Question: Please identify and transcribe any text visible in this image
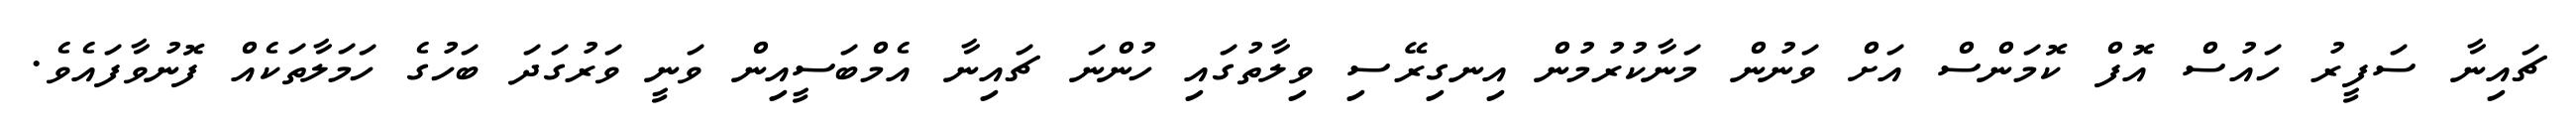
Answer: ޗައިނާ ސަފީރު ހައުސް އޮފް ކޮމަންސް އަށް ވަނުން މަނާކުރުމުން އިނގިރޭސި ވިލާތުގައި ހުންނަ ޗައިނާ އެމްބަސީއިން ވަނީ ވަރުގަދަ ބަހުގެ ހަމަލާތަކެއް ފޮނުވާފައެވެ.